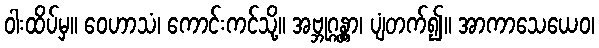
ဝါးထိပ်မှ။ ဝေဟာသံ၊ ကောင်းကင်သို့။ အဗ္ဘုဂ္ဂန္တွာ၊ ပျံတက်၍။ အာကာသေယေဝ၊